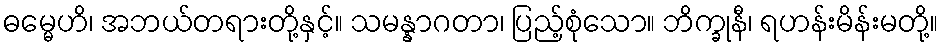
ဓမ္မေဟိ၊ အဘယ်တရားတို့နှင့်။ သမန္နာဂတာ၊ ပြည့်စုံသော။ ဘိက္ခုနီ၊ ရဟန်းမိန်းမတို့။